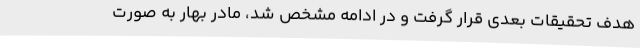
هدف تحقیقات بعدی قرار گرفت‌ و در ادامه مشخص شد، مادر بهار به صورت